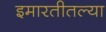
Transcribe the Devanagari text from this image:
इमारतीतल्या